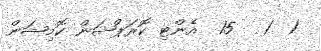
1  1   15  އެންޓި ކޮރަޕްޝަން ކޮމިޝަން